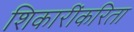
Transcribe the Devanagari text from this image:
शिकारींकरिता